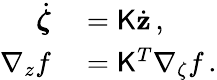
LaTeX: \begin{array}{rl}{\dot{\boldsymbol{\zeta}}}&{{}=\mathsf{K}\dot{\mathbf{z}}\, ,}\\ {\nabla_{z}f}&{{}=\mathsf{K}^{T}\nabla_{\zeta}f\, .}\end{array}